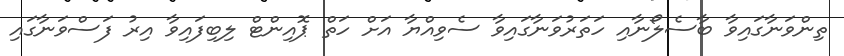
ތިންވަނާގައިވާ ބާސެލޯނާއި ހަތަރުވަނާގައިވާ ސެވިއްޔާ އަށް ހަތް ޕޮއިންޓް ލިބިފައިވާ އިރު ފަސްވަނާގައި